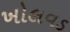
ખોલવડ